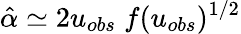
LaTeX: \hat{\alpha}\simeq 2u_{obs}\; f(u_{obs})^{1/2}